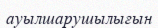
ауылшарушылығын